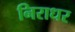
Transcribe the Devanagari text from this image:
निराधर